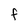
Character: F